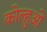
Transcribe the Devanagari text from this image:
कोल्हुओं